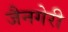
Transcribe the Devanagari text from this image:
जैनगेरी